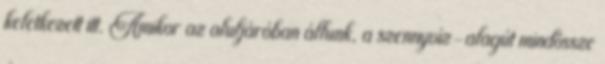
keletkezett itt. Amikor az aluljáróban állunk, a szennyvíz-alagút mindössze